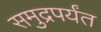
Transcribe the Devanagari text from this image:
समुद्रपर्यंत